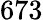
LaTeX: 673